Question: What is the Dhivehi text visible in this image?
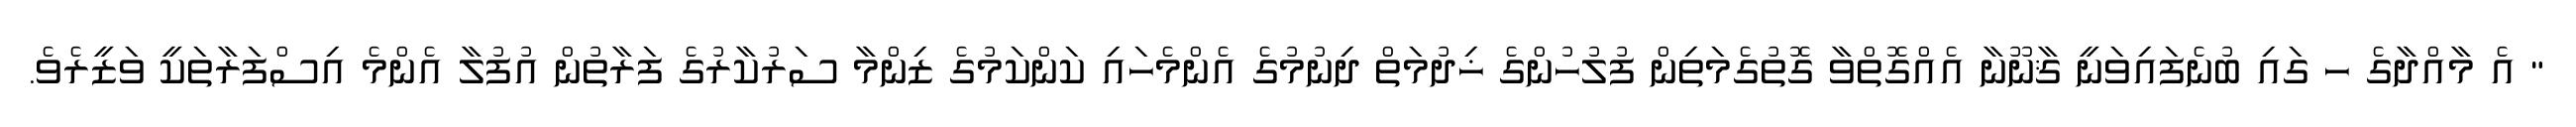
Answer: " އެ މާއްދާގެ ހ ގައި ބުނެފައިވަނީ ޤާނޫނާ އެއްގޮތްވާ ގޮތުގެމަތިން ފުލުހުންގެ ޚިދުމަތް ދިނުމުގެ އެންމެހައި ކަންކަމުގެ ޒިންމާ ސަރުކާރުގެ ފަރާތުން އުފުލާ އެންމެ އިސްފަރާތަކީ ވަޒީރެވެ.